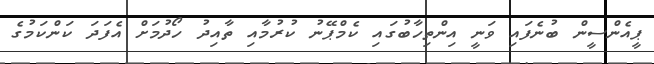
ޕީއެންސީން ބުނެފައި ވަނީ އިންތިހާބުގައި ކެމްޕޭނު ކުރުމާއި ތާއިދު ހޯދުމަށް އެފަދަ ކަންކަމުގެ